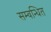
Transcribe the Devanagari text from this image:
सम्वन्धित